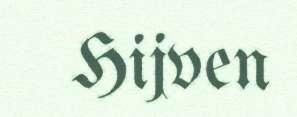
Hijven